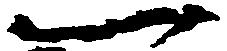
一